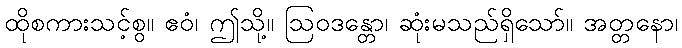
ထိုစကားသင့်စွ။ ဧဝံ၊ ဤသို့။ ဩဝဒန္တော၊ ဆုံးမသည်ရှိသော်။ အတ္တနော၊